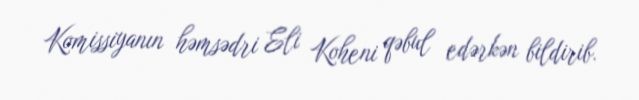
Komissiyanın həmsədri Eli Koheni qəbul edərkən bildirib.